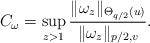
LaTeX: \begin{align*}C_\omega=\sup_{z>1}\frac{\|\omega_z\|_{\Theta_{q/2}(u)}}{\|\omega_z\|_{p/2,v}}.\end{align*}